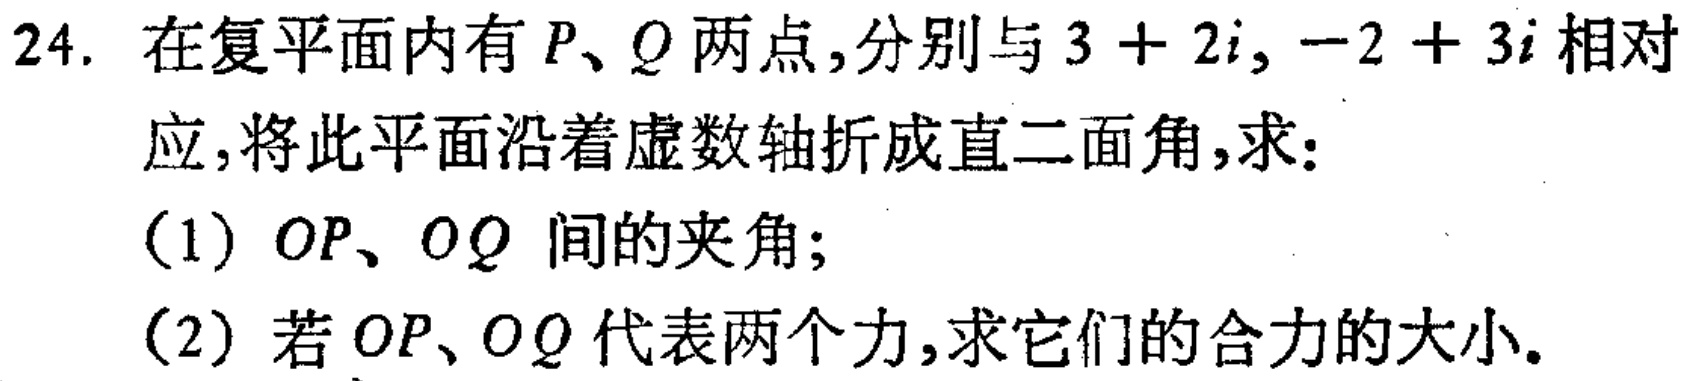
24. 在复平面内有 \(P、Q\) 两点，分别与 \(3 + 2i, -2 + 3i\) 相对
应，将此平面沿着虚数轴折成直二面角，求：
(1) \(OP、OQ\) 间的夹角；
(2) 若 \(OP、OQ\) 代表两个力，求它们的合力的大小。